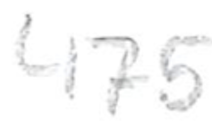
Text: 475
Cross-out: clean
Writing tool: pencil